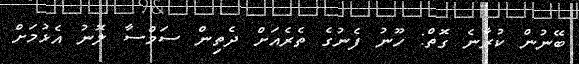
ބޭނުން ކުރާނެ ގޮތް: ހޫނު ފެނުގެ ތެރެއަށް ދެތިން ސަމްސާ ލޮނު އެޅުމަށް